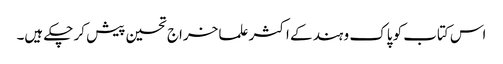
اس کتاب کو پاک و ہند کے اکثر علما خراج تحسین پیش کر چکے ہیں۔